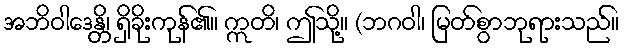
အဘိဝါဒေန္တိ၊ ရှိခိုးကုန်၏။ ဣတိ၊ ဤသို့။ (ဘဂဝါ၊ မြတ်စွာဘုရားသည်။